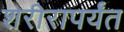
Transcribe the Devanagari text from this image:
शरीरापर्यंत